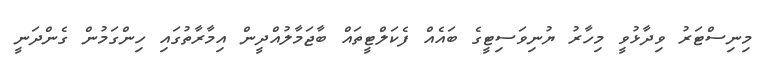
މިނިސްޓަރު ވިދާޅުވީ މިހާރު ޔުނިވަސިޓީގެ ބައެއް ފެކަލްޓީތައް ބާޖަމާލުއްދީން އިމާރާތުގައި ހިންގަމުން ގެންދަނީ